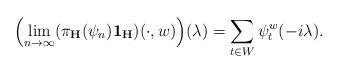
LaTeX: \begin{align*}\Bigl(\lim_{n\to\infty} (\pi_{\mathbf H}(\psi_n)\mathbf 1_{\mathbf H})(\cdot,w)\Bigr)(\lambda)=\sum_{t\in W} \psi_t^w(-i\lambda).\end{align*}